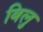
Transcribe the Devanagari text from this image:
बिलु